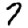
Digit: 7